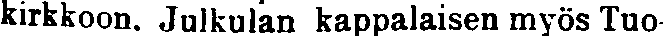
kirkkoon. Julkulan kappalaisen myös Tuo-